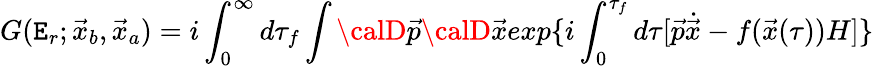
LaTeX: G(\mathtt{E}_{r};\vec{{x}}_{b},\vec{{x}}_{a})=i\int_{0}^{\infty}d\tau_{f}\int{\calD}\vec{{p}}{\calD}\vec{{x}}exp\{ i\int_{0}^{\tau_{f}}d\tau[\vec{{p}}\dot{{\vec{{x}}}}-f(\vec{{x}}(\tau))H]\}